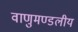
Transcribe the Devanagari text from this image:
वाणुमण्डलीय